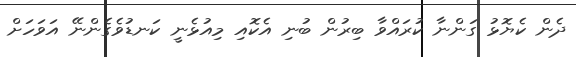
ދެން ކެޔޮޅު ގަންނާ ކުރައްވާ ބިރުން ބުނި އެކޮއި މިއުޅެނީ ކަނޑުވެގެންނޭ އަވަހަށް